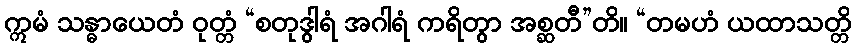
ဣမံ သန္ဓာယေတံ ဝုတ္တံ “စတုဒွါရံ အဂါရံ ကရိတွာ အစ္ဆတီ”တိ။ “တမဟံ ယထာသတ္တိ